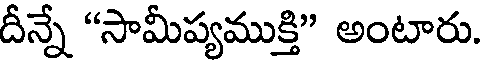
దీన్నే "సామీప్యముక్తి" అంటారు.